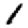
Digit: 1